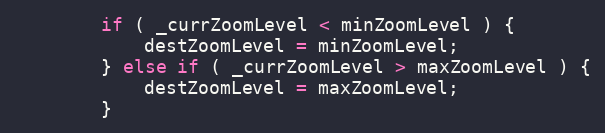
Language: JavaScript
		if ( _currZoomLevel < minZoomLevel ) {
			destZoomLevel = minZoomLevel;
		} else if ( _currZoomLevel > maxZoomLevel ) {
			destZoomLevel = maxZoomLevel;
		}